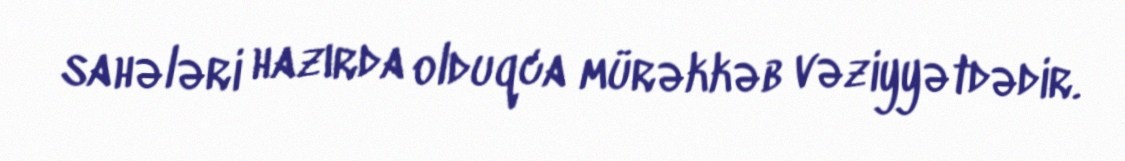
sahələri hazırda olduqca mürəkkəb vəziyyətdədir.